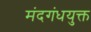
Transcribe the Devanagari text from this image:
मंदगंधयुक्त